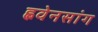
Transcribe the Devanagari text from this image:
ह्ववेनसांग